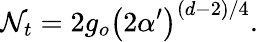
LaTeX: \mathcal{N}_{t}=2g_{o}\left(2\alpha^{\prime}\right)^{(d-2)/4}.